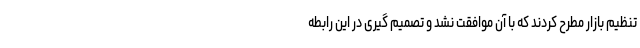
تنظیم بازار مطرح کردند که با آن موافقت نشد و تصمیم گیری در این رابطه